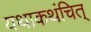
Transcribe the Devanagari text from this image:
यथाकथंचित्‌